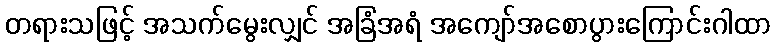
တရားသဖြင့် အသက်မွေးလျှင် အခြံအရံ အကျော်အစောပွားကြောင်းဂါထာ